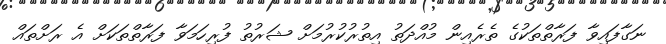
ނަގާފައިވާ ފަރާތްތަކުގެ ތެރެއިން މުއްދަތު އިތުރުކުރުމަށް ޝަރުތު ފުރިހަމަވާ ފަރާތްތަކަށް އެ ރަށްތައް